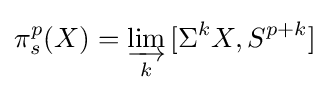
\pi _{s}^{p}(X)=\varinjlim _{k}{[\Sigma ^{k}X,S^{p+k}]}